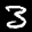
Label: 3